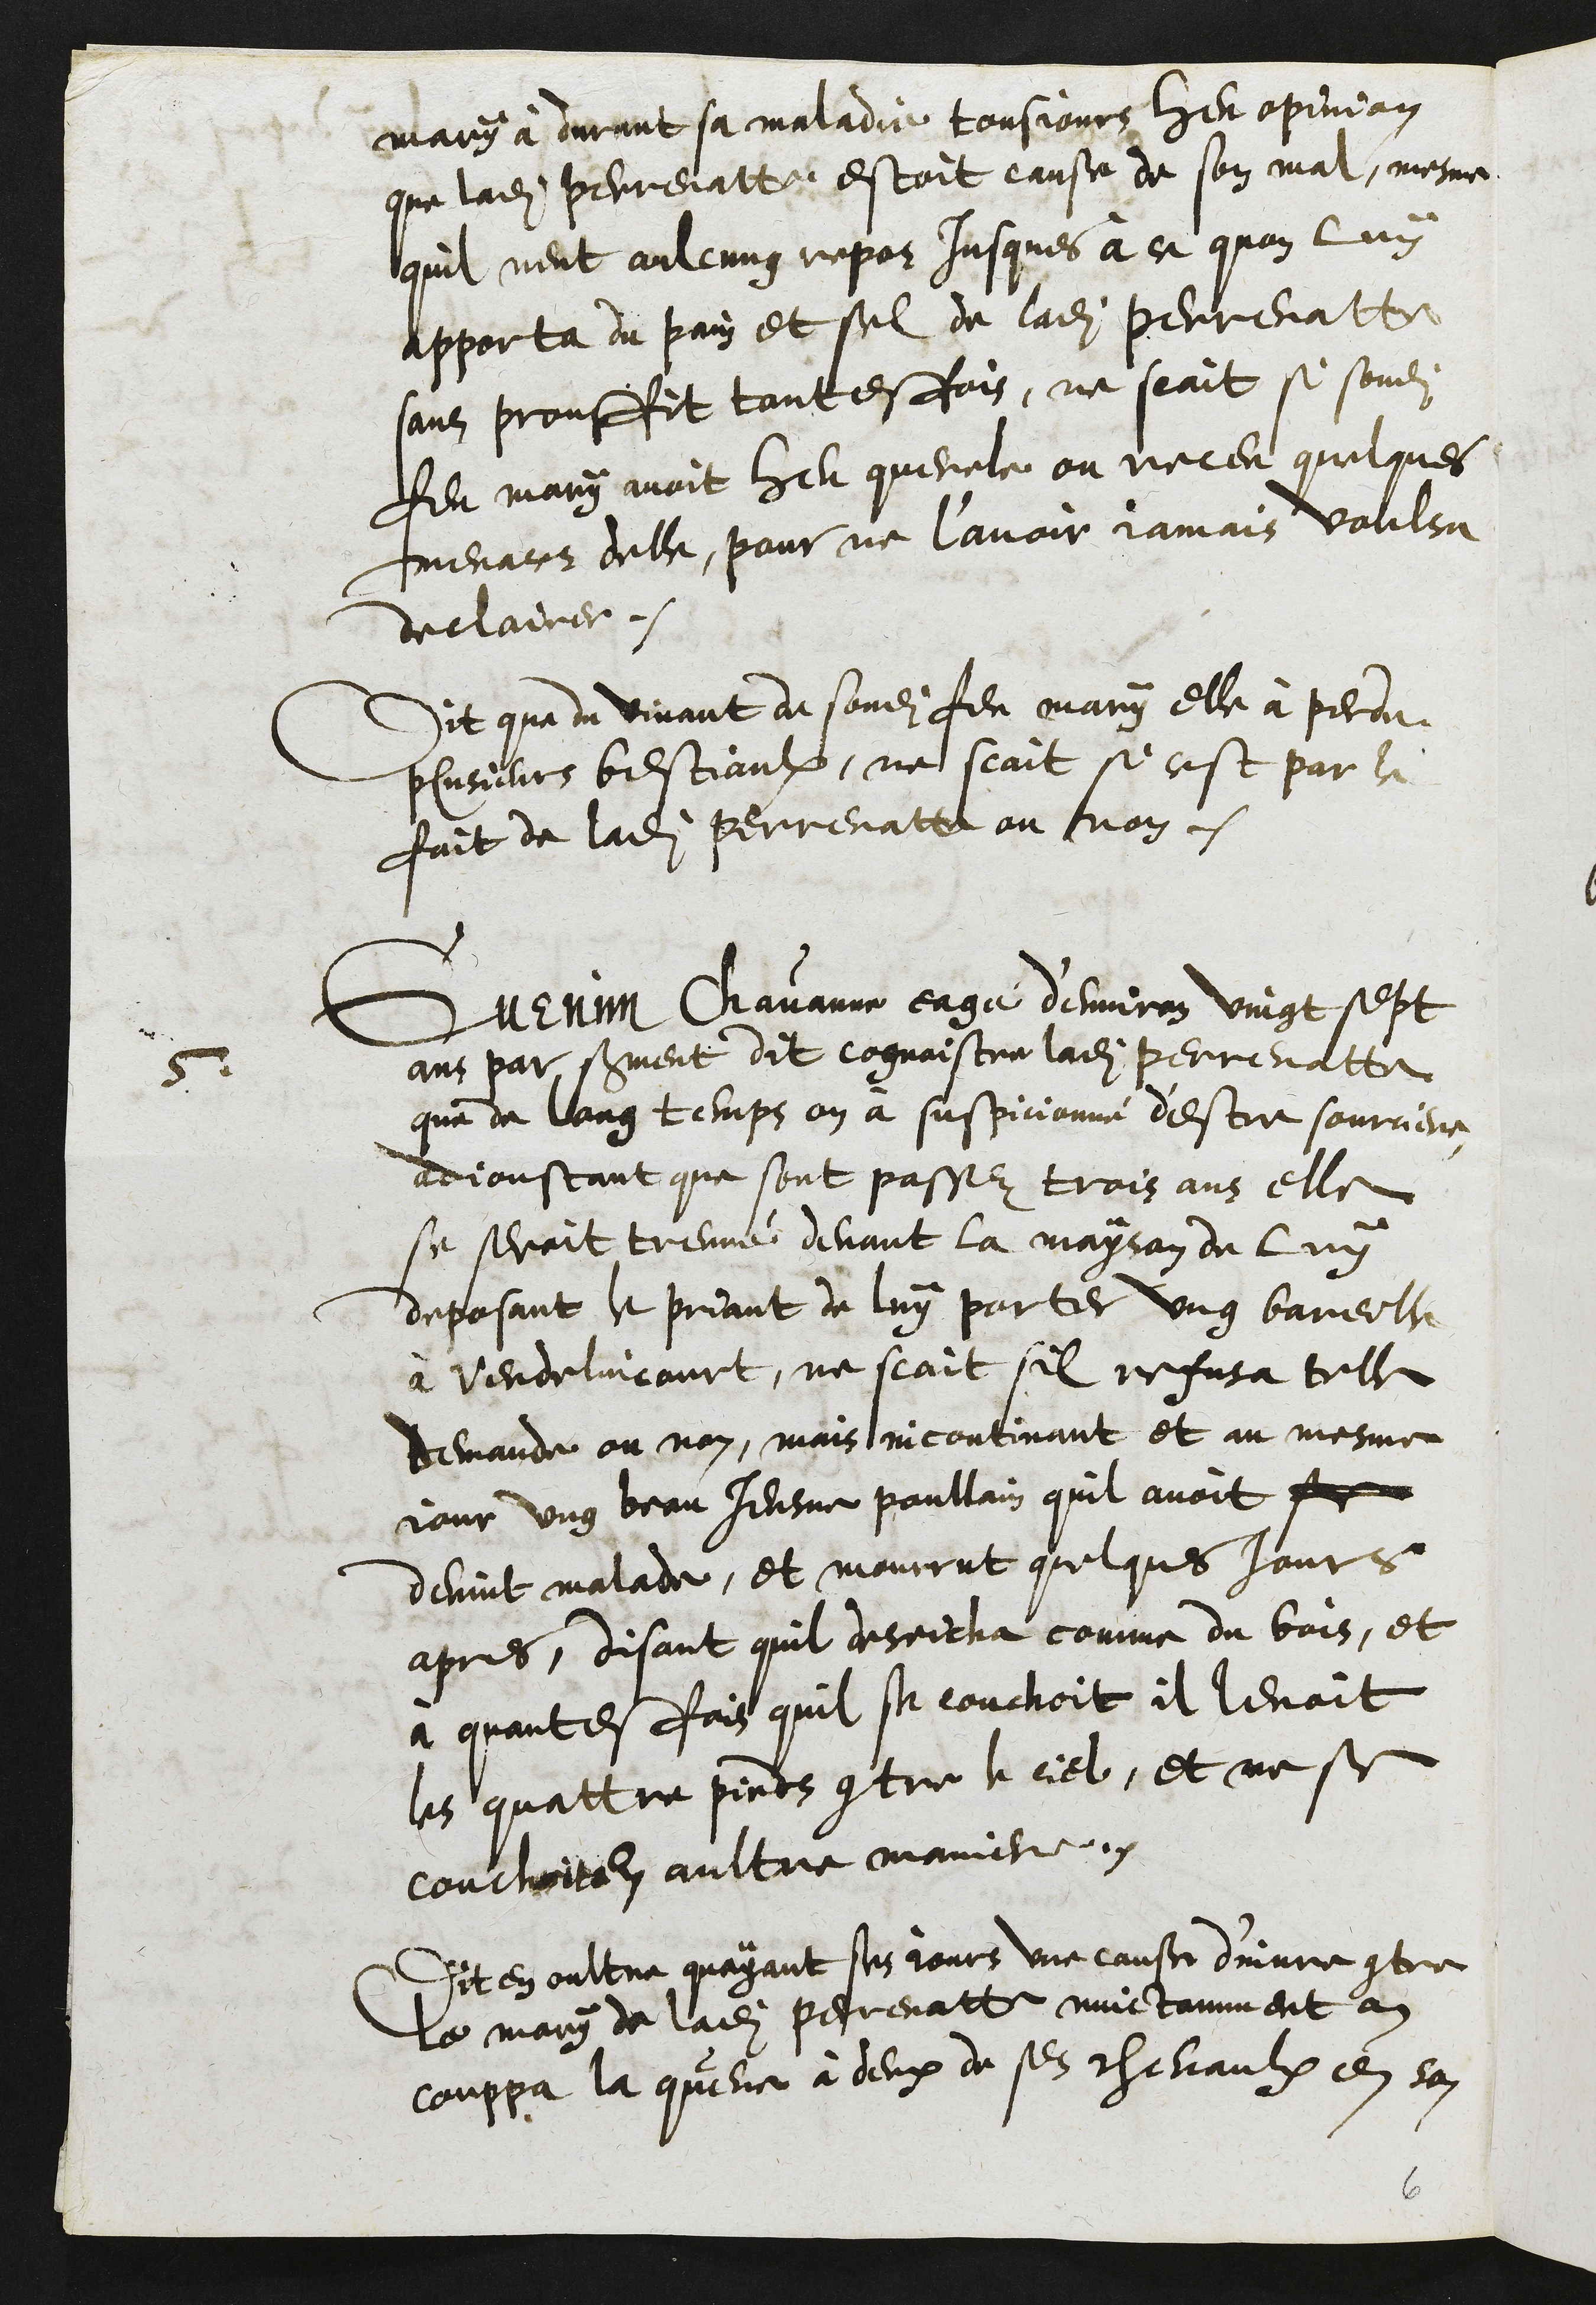
mary à durant sa maladie tousjours heu opinion
que ladite Perrenatte estoit cause de son mal, mesme
quil neut aulcung repos jusques à ce quon luy
apporta du pain et sel de ladite Perrenatte
sans prouffit toutesfois, ne scait si sondit
feu mary avoit heu querelle ou receu quelques
menaces delle, pour ne l’avoir jamais voulsu
declairer.
Dit que du vivant de sondit feu mary elle à perdu
plusieurs bestiaulx, ne scait si cest par le
fait de ladite Perrenatte ou non.
5
Guenin Chavanne eagé d'environ vingt sept
ans par serment dit cognoistre ladite Perrenatte
que de long temps on à suspicionné d'estre sourciere,
adjoustant que sont passez trois ans elle
se seroit treuvé devant la mayson de luy
deposant le priant de luy porter ung bareille
a Vendelincourt, ne scait sil refusa telle
demande ou non, mais incontinant et au mesme
jour ung beau Jeusne poullain quil avoit se
devint malade, et mourrut quelques jours
apres, disant quil deseicha comme du bois, et
à quantesfois quil se couchoit il levoit
les quattre pieds contre le ciel, et ne se
couchoit en aultre maniere.
Dit en oultre quayant ses jours une cause d'injure contre
le mary de ladite Perrenatte nuictamment on
couppa la queue à deux de ses chevaulx en son

6